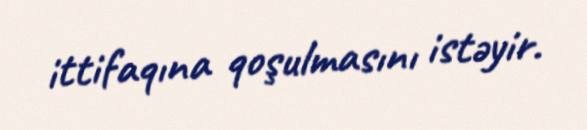
ittifaqına qoşulmasını istəyir.